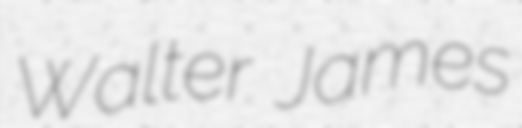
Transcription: Walter James